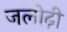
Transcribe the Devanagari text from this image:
जलोढ़ी